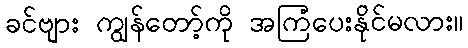
ခင်ဗျား ကျွန်တော့်ကို အကြံပေးနိုင်မလား။